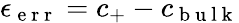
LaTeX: \epsilon_{\mathrm{~e~r~r~}}=c_{+}-c_{\mathrm{~b~u~l~k~}}